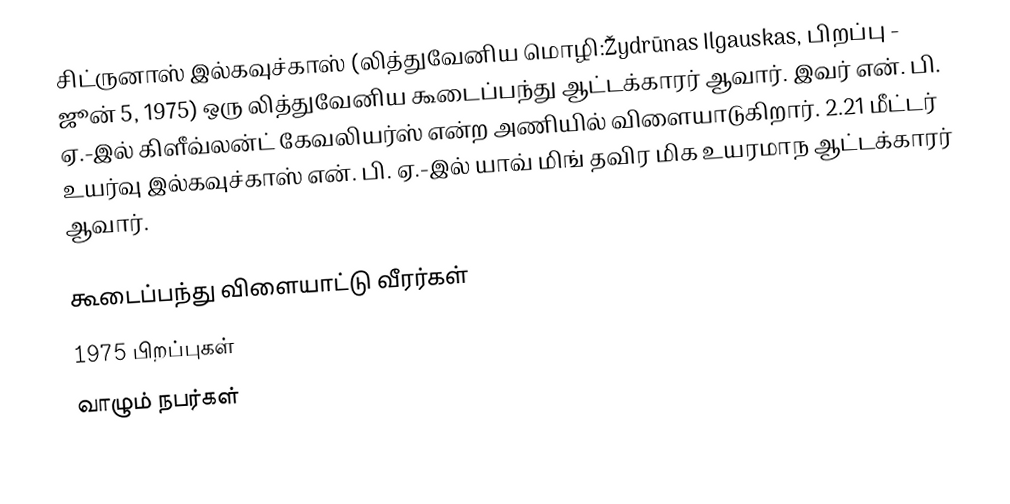
சிட்ருனாஸ் இல்கவுச்காஸ் (லித்துவேனிய மொழி:Žydrūnas Ilgauskas, பிறப்பு - ஜூன் 5, 1975) ஒரு லித்துவேனிய கூடைப்பந்து ஆட்டக்காரர் ஆவார். இவர் என். பி. ஏ.-இல் கிளீவ்லன்ட் கேவலியர்ஸ் என்ற அணியில் விளையாடுகிறார். 2.21 மீட்டர் உயர்வு இல்கவுச்காஸ் என். பி. ஏ.-இல் யாவ் மிங் தவிர மிக உயரமாந ஆட்டக்காரர் ஆவார்.

கூடைப்பந்து விளையாட்டு வீரர்கள்
1975 பிறப்புகள்
வாழும் நபர்கள்